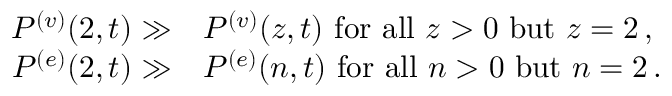
\begin{array} { r } { \begin{array} { r l } { P ^ { ( v ) } ( { 2 } , { t } ) \gg } & { P ^ { ( v ) } ( { z } , { t } ) \mathrm { ~ f o r ~ a l l ~ } z > 0 \mathrm { ~ b u t ~ } z = 2 \, , } \\ { P ^ { ( e ) } ( { 2 } , { t } ) \gg } & { P ^ { ( e ) } ( { n } , { t } ) \mathrm { ~ f o r ~ a l l ~ } n > 0 \mathrm { ~ b u t ~ } n = 2 \, . } \end{array} } \end{array}